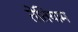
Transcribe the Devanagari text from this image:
तेतियाम